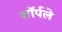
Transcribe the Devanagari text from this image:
शॉर्पले